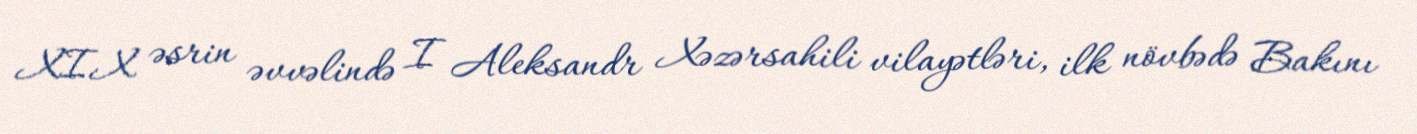
XIX əsrin əvvəlində I Aleksandr Xəzərsahili vilayətləri, ilk növbədə Bakını